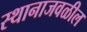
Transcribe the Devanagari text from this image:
स्थानाजवळील